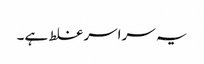
یہ سراسر غلط ہے۔